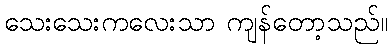
သေးသေးကလေးသာ ကျန်တော့သည်။